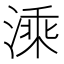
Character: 溗